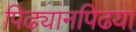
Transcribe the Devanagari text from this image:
पिढ्यानपिढया